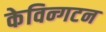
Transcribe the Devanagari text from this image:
केविन्गटन